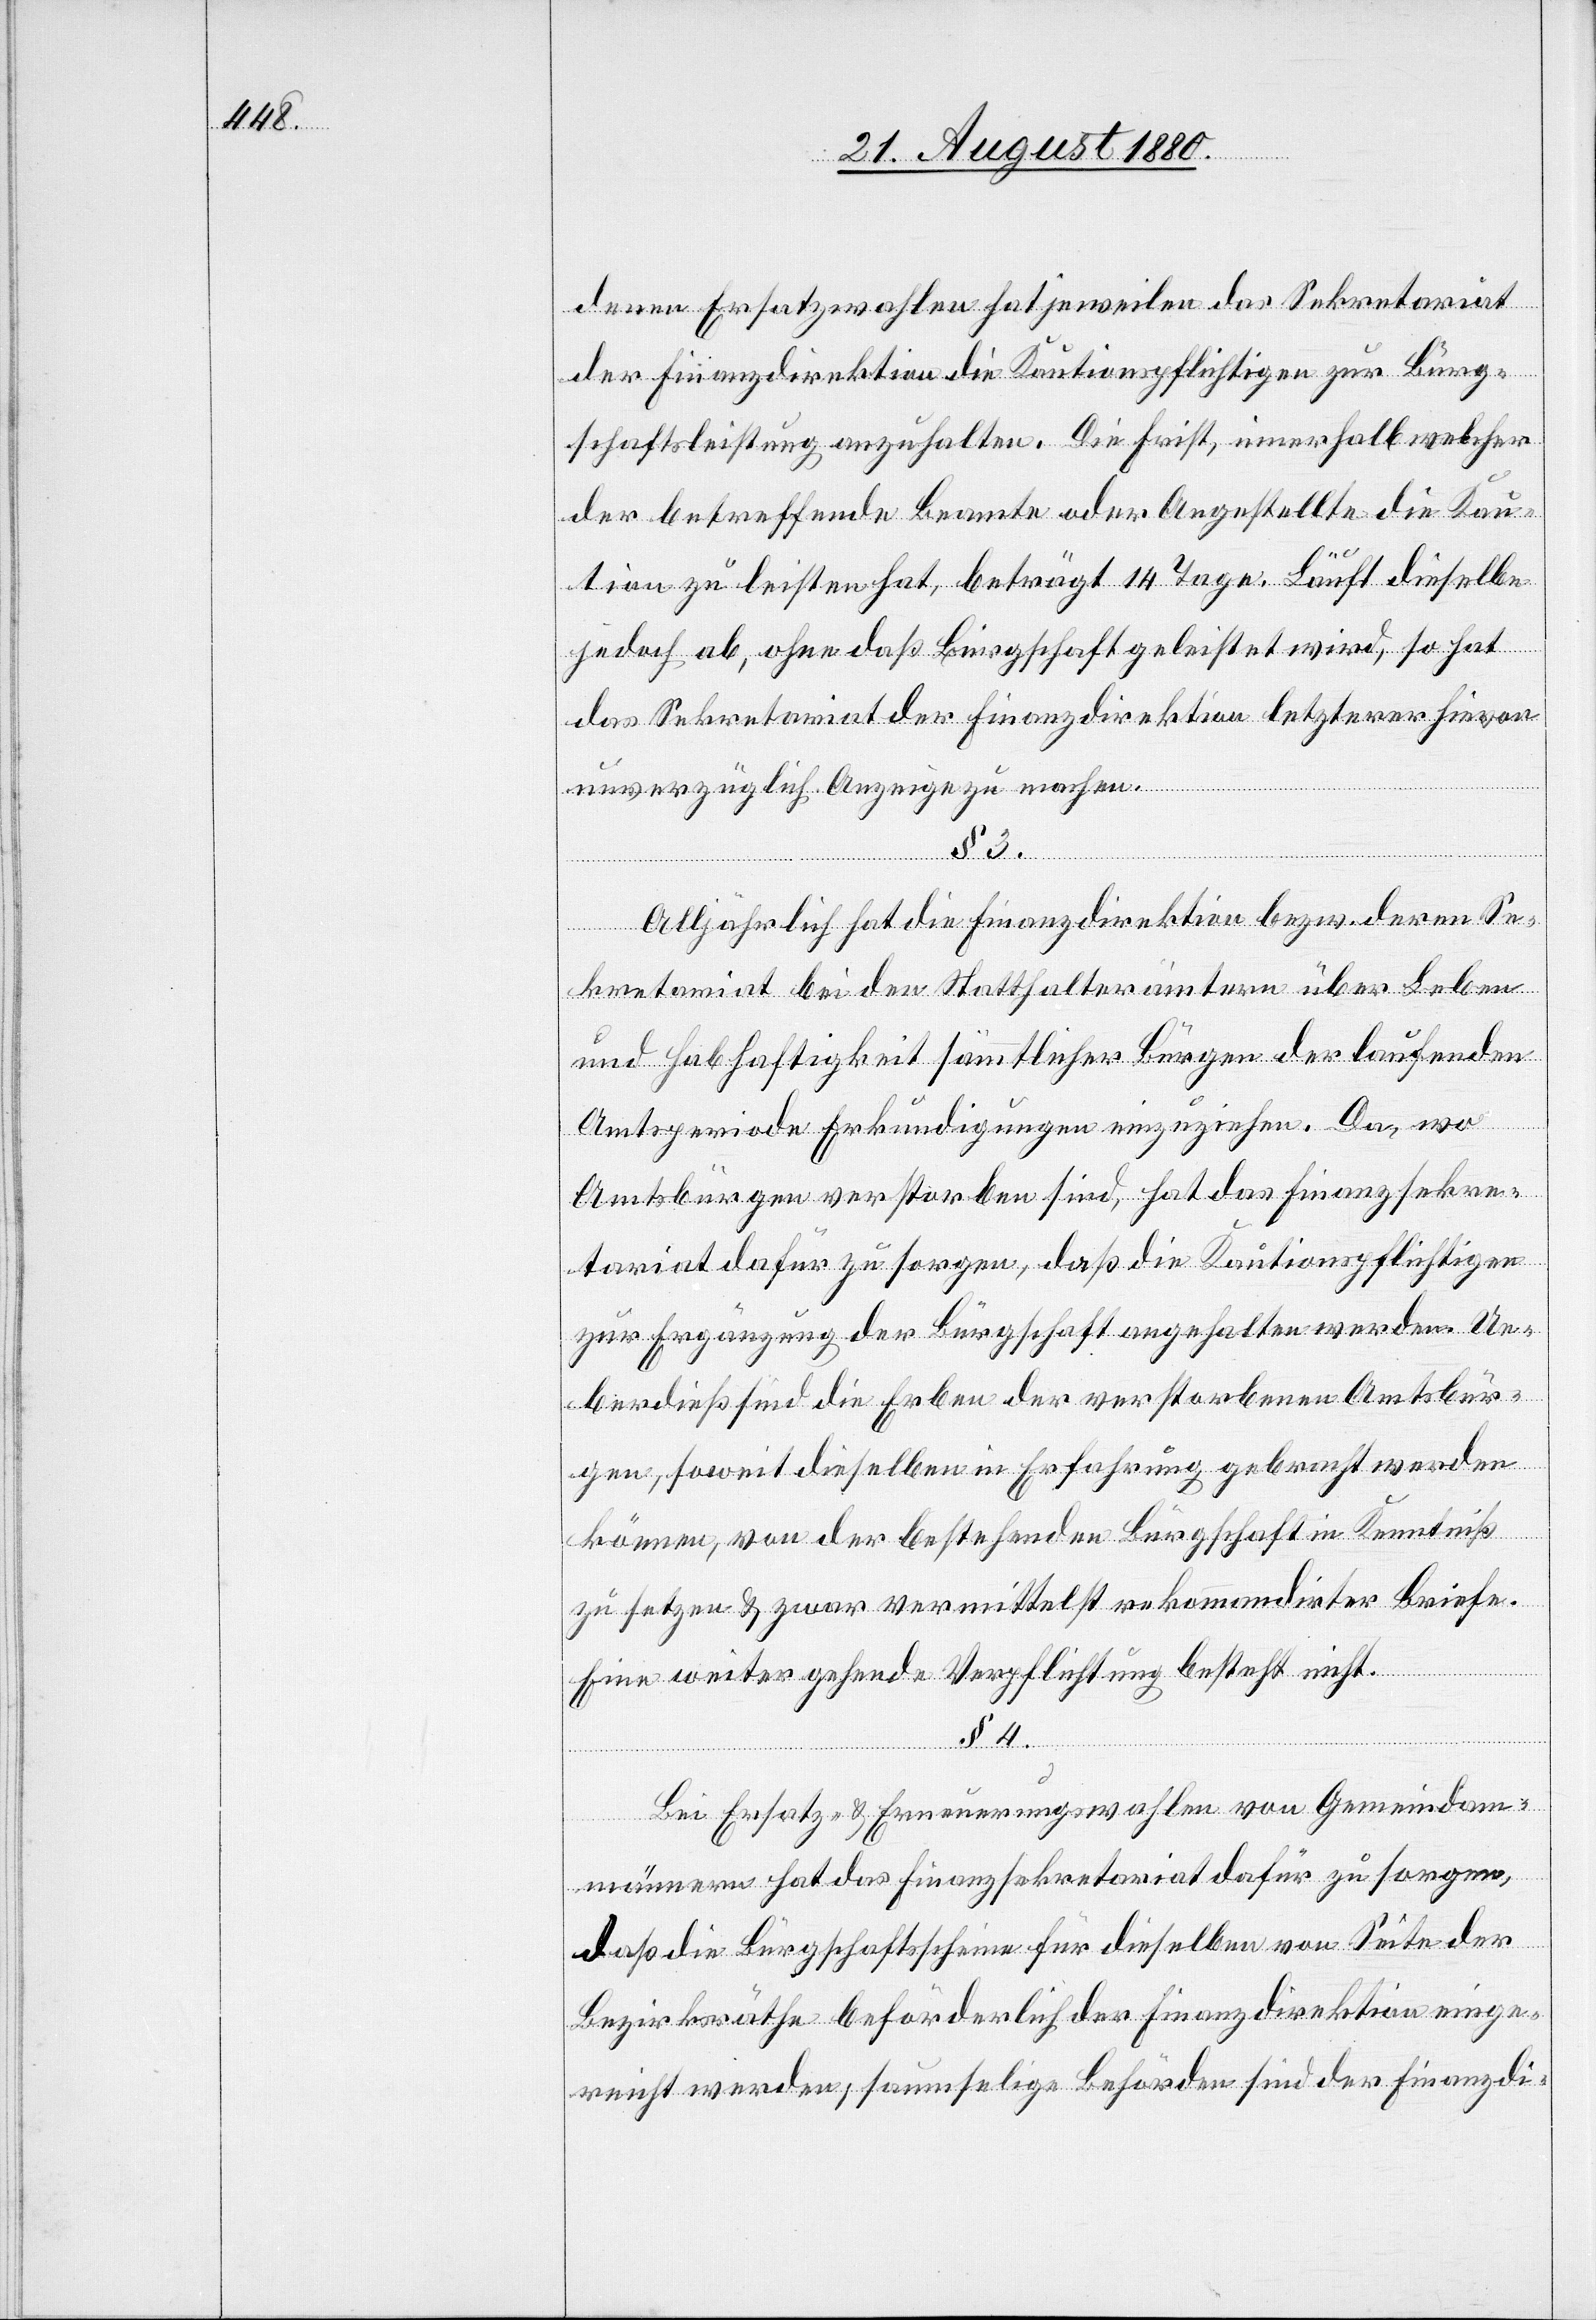
denen Ersatzwahlen hat jeweilen das Sekretariat
der Finanzdirektion die Kautionspflichtigen zur Bürg¬
schaftsleistung anzuhalten. Die Frist, innerhalb welcher
der betreffende Beamte oder Angestellte die Kau¬
3.
tion zu leisten hat, beträgt 14 Tage. Läuft dieselbe
jedoch ab, ohne daß Bürgschaft geleistet wird, so hat
das Sekretariat der Finanzdirektion letzterer hievon
unverzüglich Anzeige zu machen.
Alljährlich hat die Finanzdirektion bezw. deren Se¬
kretariat bei den Statthalterämtern über Leben
und Habhaftigkeit sämmtlicher Bürgen der laufenden
Amtsperiode Erkundigungen einzuziehen. Da, wo
Amtsbürgen verstorben sind, hat das Finanzsekre¬
tariat dafür zu sorgen, daß die Kautionspflichtigen
zur Ergänzung der Bürgschaft angehalten werden. Ue¬
berdieß sind die Erben der verstorbenen Amtsbür¬
gen, soweit dieselben in Erfahrung gebracht werden
können, von der bestehenden Bürgschaft in Kenntniß
zu setzen & zwar vermittelst rekommandirter Briefe.
Eine weitergehende Verpflichtung besteht nicht.
§ 4.
Bei Ersatz- & Erneuerungswahlen von Gemeinde¬
männern hat das Finanzsekretariat dafür zu sorgen,
daß die Bürgschaftsscheine für dieselben von Seite der
Bezirksrathe beförderlich der Finanzdirektion einge¬
reicht werden, saumselige Behörden sind der Finanzdi-